Indian journal of veterinary science and animal husbandry - Volumes 18-21, 1948-1951
Year: 1948
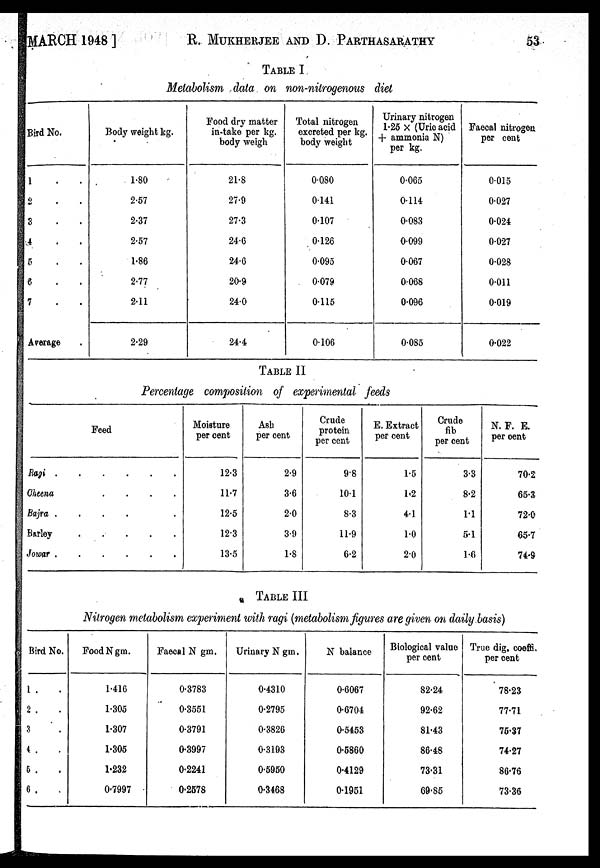
MARCH 1948 ]
R. MUKHERJEE AND D.
PARTHASARATHY
53
TABLE I
Metabolism data on non-nitrogenous diet
Bird No.
1 . .
2 . .
3 . .
4 . .
5 . .
6 . .
7 . .
Average .
Body weight kg.
1.80
2.57
2.37
2.57
1.86
2.77
2.11
2.29
Food dry matter
in-take per kg.
body weigh
21.8
27.9
27.3
24.6
24.6
20.9
24.0
24.4
Total nitrogen
excreted per kg.
body weight
0.080
0.141
0.107
0.126
0.095
0.079
0.115
0.106
Urinary nitrogen
1.25 × (Uric acid
+ ammonia N)
per kg.
0.065
0.114
0.083
0.099
0.067
0.068
0.096
0.085
Faecal nitrogen
per cent
0.015
0.027
0.024
0.027
0.028
0.011
0.019
0.022
TABLE II
Percentage composition of experimental feeds
Feed
Ragi
Cheena
.
.
.
.
Bajra .
.
.
.
Barley
Jowar
Moisture
per cent
12.3
11.7
12.5
12.3
13.5
Ash
per cent
2.9
3.6
2.0
3.9
1.8
Crude
protein
per cent
9.8
10.1
8.3
11.9
6.2
E. Extract
per cent
1.5
1.2
4.1
1.0
2.0
Crude
fib
per cent
3.3
8.2
1.1
5.1
1.6
N. F. E.
per cent
70.2
65.3
72.0
65.7
74.9
TABLE III
Nitrogen metabolism experiment with ragi (metabolism figures are given on daily basis)
Bird No.
1 . .
2 . .
3 . .
4 . .
5 . .
6 . .
Food N gm.
1.416
1.305
1.307
1.305
1.232
0.7997
Faecal N gm.
0.3783
0.3551
0.3791
0.3997
0.2241
0.2578
Urinary N gm.
0.4310
0.2795
0.3826
0.3193
0.5950
0.3468
N balance
0.6067
0.6704
0.5453
0.5860
0.4129
0.1951
Biological value
per cent
82.24
92.62
81.43
86.48
73.31
69.85
True dig. coeffi.
per cent
78.23
77.71
76.37
74.27
86.76
73.36